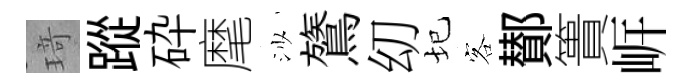
𤦺蹤砕麾沙鷟㓜圮客鄼簣㟁